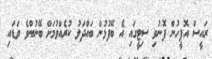
ރައީސް އޮފީހުން ފޮނުވި ސިޓީގައި އެ ބޭފުޅުން ބައްދަލު ކުރެއްވުމަށް ބޭނުންވެ ވަޑައި